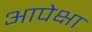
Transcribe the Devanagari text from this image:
आपेक्षा